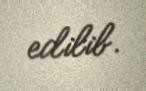
edilib.